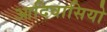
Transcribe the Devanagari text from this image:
आदिवासियो